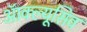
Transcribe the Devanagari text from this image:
ऑक्ल्यूसिव